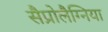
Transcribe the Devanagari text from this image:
सैप्रोलैग्निया